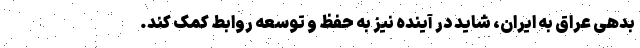
بدهی عراق به ایران، شاید در آینده نیز به حفظ و توسعه روابط کمک کند.